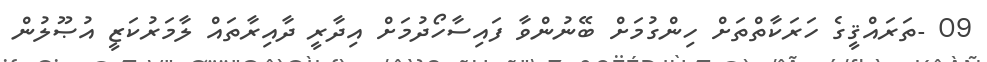
09 -ތަރައްޤީގެ ހަރަކާތްތަށް ހިންގުމަށް ބޭނުންވާ ފައިސާހޯދުމަށް އިދާރީ ދާއިރާތައް ލާމަރުކަޒީ އުޞޫލުން